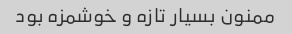
ممنون بسیار تازه و خوشمزه بود